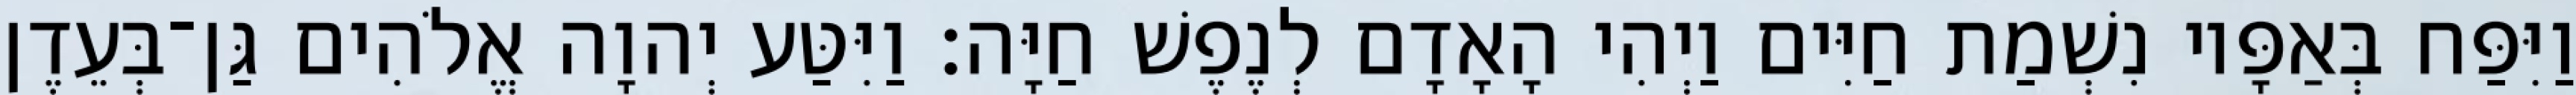
וַיִּפַּח בְּאַפָּיו נִשְׁמַת חַיִּים וַיְהִי הָאָדָם לְנֶפֶשׁ חַיָּה׃ וַיִּטַּע יְהוָה אֱלֹהִים גַּן־בְּעֵדֶן